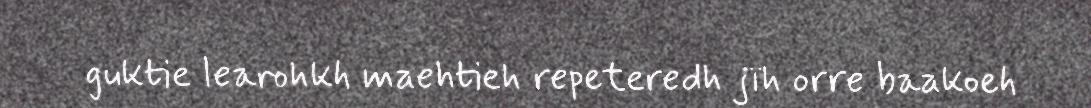
guktie learohkh maehtieh repeteredh jïh orre baakoeh